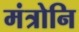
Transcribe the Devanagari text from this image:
मंत्रोनि